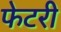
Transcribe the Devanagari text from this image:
फेटरी